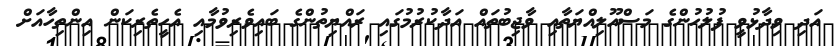
އަދި ވިދާޅުވީ ފުލުހުންގެ މަސްއޫލިއްޔަތާއި ވާޖިބުތައް އަދާކުރުމުގައި ރައްޔިތުންގެ ބައިވެރިވުމާއި އެހީތެރިކަން އިންތިހާއަށް